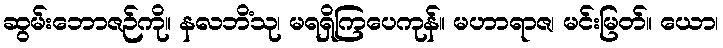
ဆွမ်းဘောဇဉ်ကို။ နလဘိံသု၊ မရရှိကြပေကုန်။ မဟာရာဇ၊ မင်းမြတ်။ ယော၊